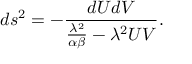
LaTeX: d s ^ { 2 } = - \frac { d U d V } { \frac { \lambda ^ { 2 } } { \alpha \beta } - { \lambda ^ { 2 } } U V } .